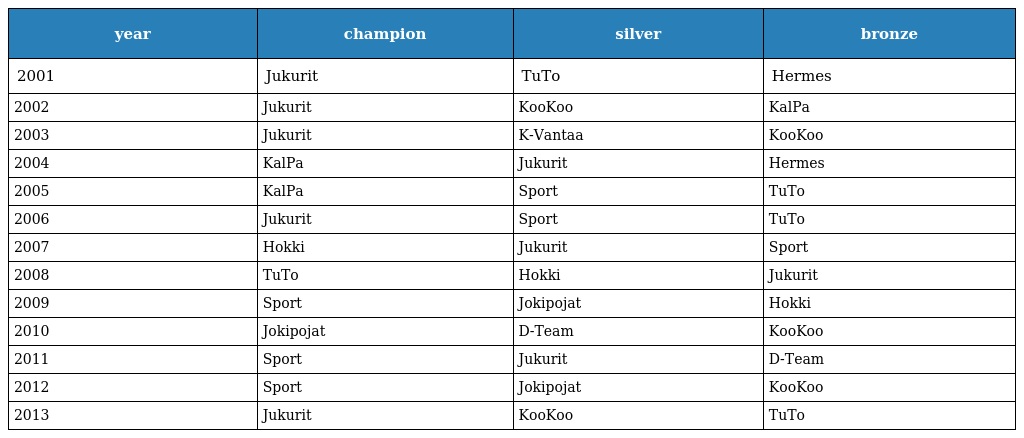
| year | champion | silver | bronze |
 | --- | --- | --- | --- |
 | 2001 | Jukurit | TuTo | Hermes |
 | 2002 | Jukurit | KooKoo | KalPa |
 | 2003 | Jukurit | K-Vantaa | KooKoo |
 | 2004 | KalPa | Jukurit | Hermes |
 | 2005 | KalPa | Sport | TuTo |
 | 2006 | Jukurit | Sport | TuTo |
 | 2007 | Hokki | Jukurit | Sport |
 | 2008 | TuTo | Hokki | Jukurit |
 | 2009 | Sport | Jokipojat | Hokki |
 | 2010 | Jokipojat | D-Team | KooKoo |
 | 2011 | Sport | Jukurit | D-Team |
 | 2012 | Sport | Jokipojat | KooKoo |
 | 2013 | Jukurit | KooKoo | TuTo |